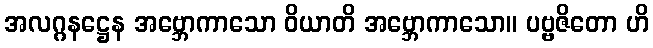
အလဂ္ဂနဋ္ဌေန အဗ္ဘောကာသော ဝိယာတိ အဗ္ဘောကာသော။ ပဗ္ဗဇိတော ဟိ